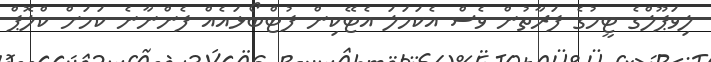
ލިވަޕޫލްގެ ޓީމުގެ ފަރާތުން ވެސް އެކަހަލަ އެޓޭކިން ފުޓްބޯޅައެއް ފެންނާނެ ކަމަށް ކްލޮޕް